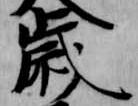
歳